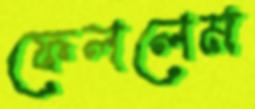
ফেললেম